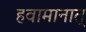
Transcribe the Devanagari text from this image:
हवामानात्